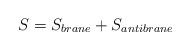
LaTeX: \begin{align*}S=S_{brane}+S_{antibrane}\end{align*}